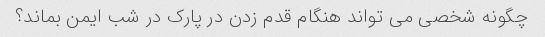
چگونه شخصی می تواند هنگام قدم زدن در پارک در شب ایمن بماند؟